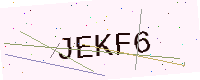
Text: JEKF6